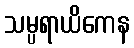
သမ္ပရာယိကေန